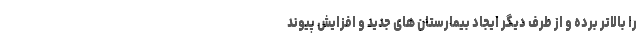
را بالاتر برده و از طرف دیگر ایجاد بیمارستان های جدید و افزایش پیوند